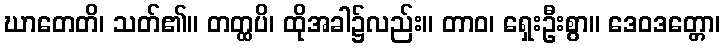
ဃာတေတိ၊ သတ်၏။ တတ္ထပိ၊ ထိုအခါ၌လည်း။ တာဝ၊ ရှေးဦးစွာ။ ဒေဝဒတ္တော၊